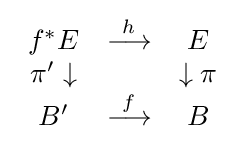
{\begin{array}{ccc}f^{\ast }E&{\stackrel {h}{\longrightarrow }}&E\\{\pi }'\downarrow &&\downarrow \pi \\B'&{\stackrel {f}{\longrightarrow }}&B\end{array}}